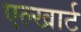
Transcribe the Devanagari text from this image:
एल्खार्ट